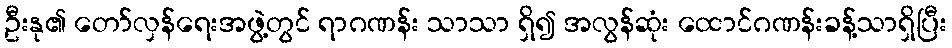
ဦးနု၏ တော်လှန်ရေးအဖွဲ့တွင် ရာဂဏန်း သာသာ ရှိ၍ အလွန်ဆုံး ထောင်ဂဏန်းခန့်သာရှိပြီး